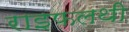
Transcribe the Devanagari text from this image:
राइफलथी